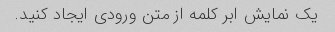
یک نمایش ابر کلمه از متن ورودی ایجاد کنید.